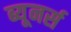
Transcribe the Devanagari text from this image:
ब्यूनर्स